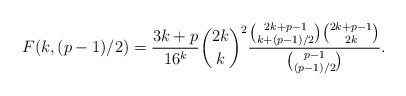
LaTeX: \begin{align*} F(k,(p-1)/2)=\frac{3k+p}{16^k}\binom{2k}{k}^2\frac{\binom{2k+p-1}{k+(p-1)/2}\binom{2k+p-1}{2k}}{\binom{p-1}{(p-1)/2}}.\end{align*}